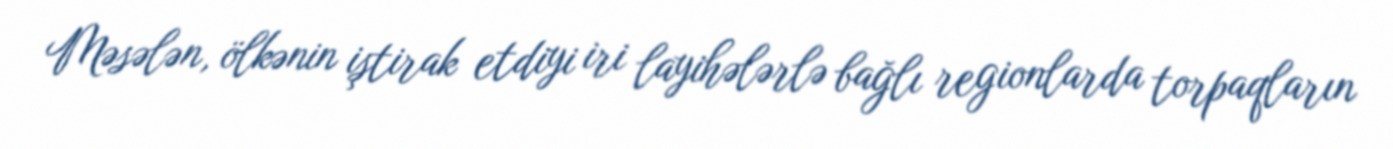
Məsələn, ölkənin iştirak etdiyi iri layihələrlə bağlı regionlarda torpaqların